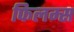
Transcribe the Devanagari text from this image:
फिलम्स